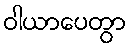
ဝါယာပေတွာ